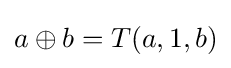
a\oplus b=T(a,1,b)